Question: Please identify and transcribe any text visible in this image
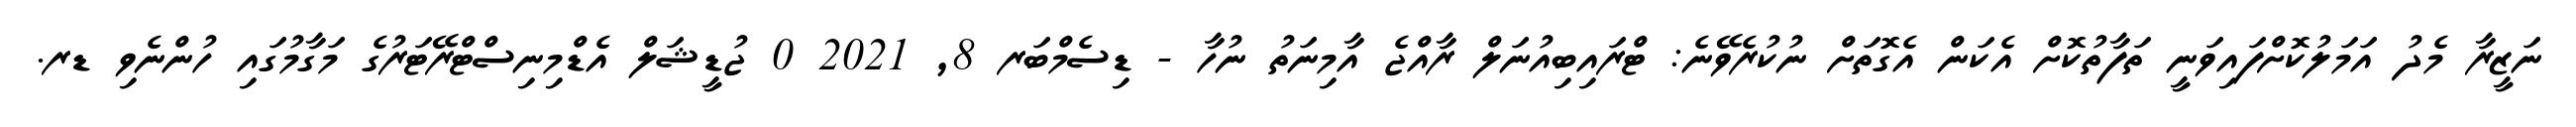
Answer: ނަޒީރާ މެދު އަމަލުކޮށްފައިވަނީ ތަފާތުކޮށް އެކަން އެގޮތަށް ނުކުރެވޭނެ: ޓްރައިބިއުނަލް ރާއްޖެ އާމިނަތު ނުހާ - ޑިސެމްބަރ 8, 2021 0 ޖުޑީޝަލް އެޑްމިނިސްޓްރޭޓަރުގެ މަގާމުގައި ހުންނެވި ޑރ.